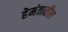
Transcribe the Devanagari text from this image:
हेमंतातील